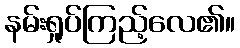
နမ်းရှုပ်ကြည့်လေ၏။